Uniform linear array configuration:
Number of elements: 24
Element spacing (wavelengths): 0.5
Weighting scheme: cosine
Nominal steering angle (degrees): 30
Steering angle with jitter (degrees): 29.488
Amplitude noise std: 0.05
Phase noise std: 0.05

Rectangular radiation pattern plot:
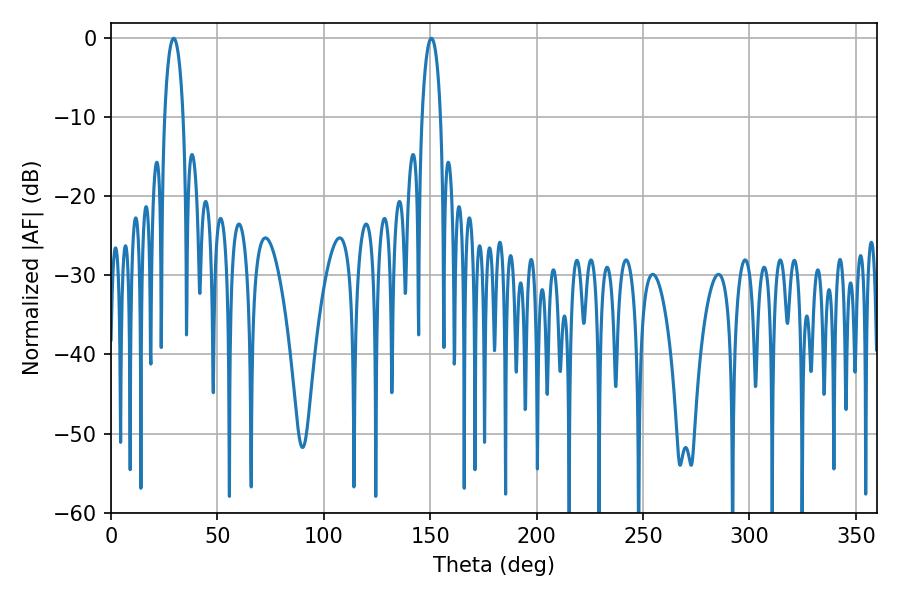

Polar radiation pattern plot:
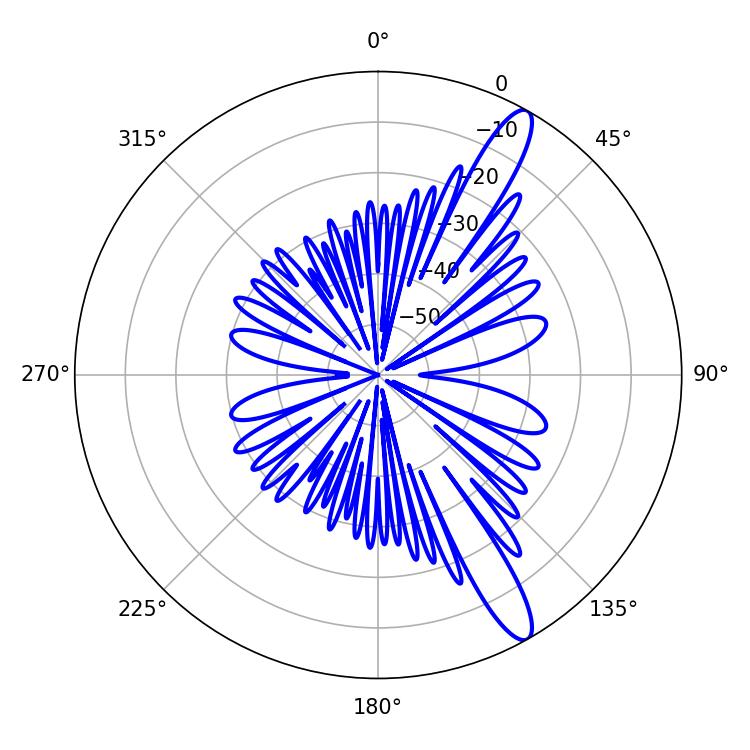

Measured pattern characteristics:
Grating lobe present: FALSE
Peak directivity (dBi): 13.218
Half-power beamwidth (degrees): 5.04
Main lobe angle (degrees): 29.52